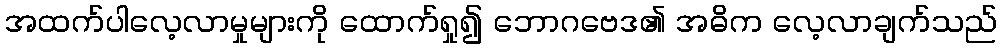
အထက်ပါလေ့လာမှုများကို ထောက်ရှု၍ ဘောဂဗေဒ၏ အဓိက လေ့လာချက်သည်